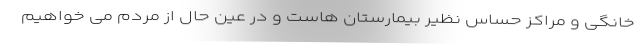
خانگی و مراکز حساس نظیر بیمارستان هاست و در عین حال از مردم می خواهیم